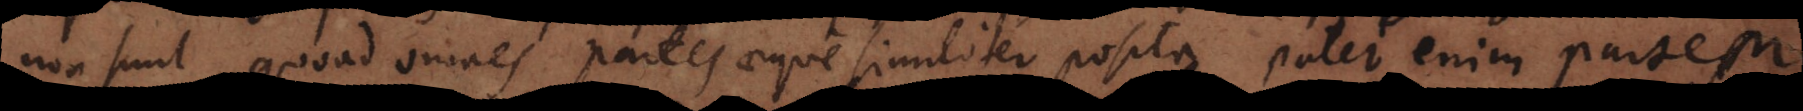
non sunt quoad omnes partes aeque similiter posita patet enim partem